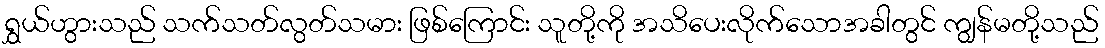
ရွှယ်ဟွားသည် သက်သတ်လွတ်သမား ဖြစ်ကြောင်း သူတို့ကို အသိပေးလိုက်သောအခါတွင် ကျွန်မတို့သည်